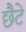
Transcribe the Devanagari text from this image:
छैटे